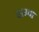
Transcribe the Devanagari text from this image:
बाम्बा